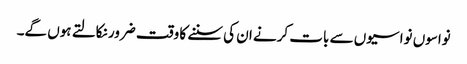
نواسوں نواسیوں سے بات کرنے ان کی سننے کا وقت ضرور نکالتے ہوں گے۔